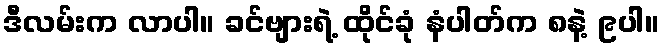
ဒီလမ်းက လာပါ။ ခင်ဗျားရဲ့ ထိုင်ခုံ နံပါတ်က ၈နဲ့ ၉ပါ။